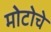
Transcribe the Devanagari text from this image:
मोटोचे